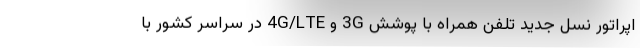
اپراتور نسل جدید تلفن همراه با پوشش 3G و 4G/LTE در سراسر کشور با